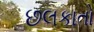
છલકાતો